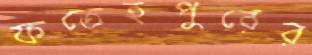
ফতেহপুরের